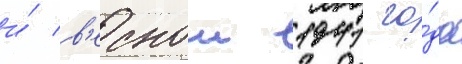
и́ в'еснои 1941 го́да